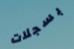
بسجلات